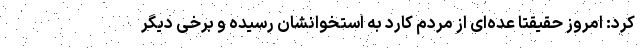
کرد: امروز حقیقتا عده‌ای از مردم کارد به استخوانشان رسیده و برخی دیگر